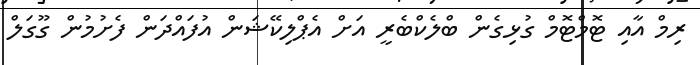
ރިމް އާއި ޓޮމްޓޮމް ގުޅިގެން ބްލެކްބެރީ އަށް އެޕްލިކޭޝަން އުފައްދަން ފެށުމުން ގޫގަލް